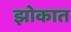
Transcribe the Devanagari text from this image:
झोकात